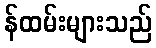
န်ထမ်းများသည်